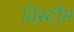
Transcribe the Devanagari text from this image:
विस्टीग